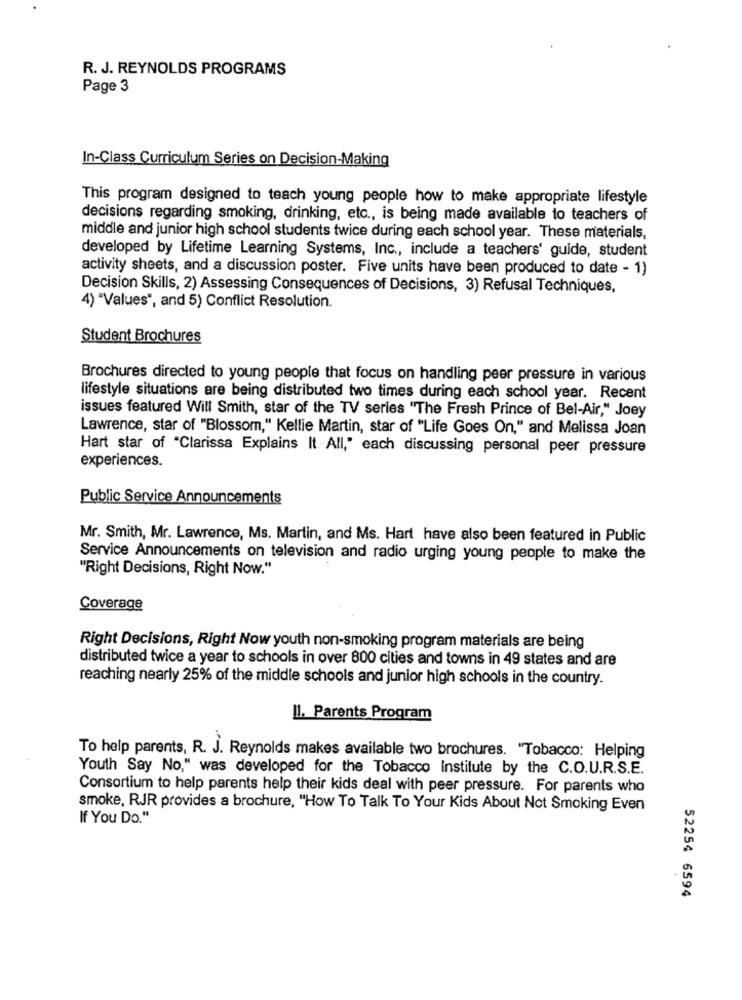
R. J. REYNOLDS PROGRAMS
Page 3
In-Class Curriculum Series on Decision-Making
This program designed to teach young people how to make appropriate lifestyle
decisions regarding smoking, drinking, etc ., is being made available to teachers of
middle and junior high school students twice during each school year. These materials,
developed by Lifetime Learning Systems, Inc ., include a teachers' guide, student
activity sheets, and a discussion poster. Five units have been produced to date - 1)
Decision Skills, 2) Assessing Consequences of Decisions, 3) Refusal Techniques,
4) "Values", and 5) Conflict Resolution.
Student Brochures
Brochures directed to young people that focus on handling peer pressure in various
lifestyle situations are being distributed two times during each school year. Recent
issues featured Will Smith, star of the TV series "The Fresh Prince of Bel-Air," Joey
Lawrence, star of "Blossom," Kellie Martin, star of "Life Goes On," and Melissa Joan
Hart star of "Clarissa Explains It All," each discussing personal peer pressure
experiences.
Public Service Announcements
Mr. Smith, Mr. Lawrence, Ms. Martin, and Ms. Hart have also been featured in Public
Service Announcements on television and radio urging young people to make the
"Right Decisions, Right Now."
Coverage
Right Decisions, Right Now youth non-smoking program materials are being
distributed twice a year to schools in over 800 cities and towns in 49 states and are
reaching nearly 25% of the middle schools and junior high schools in the country.
Il. Parents Program
To help parents, R. J. Reynolds makes available two brochures. "Tobacco: Helping
Youth Say No," was developed for the Tobacco Institute by the C.O.U.R.S.E.
Consortium to help parents help their kids deal with peer pressure. For parents who
smoke, RJR provides a brochure, "How To Talk To Your Kids About Not Smoking Even
If You Do."
52254 6594